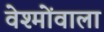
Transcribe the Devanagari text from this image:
वेश्मोंवाला